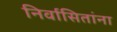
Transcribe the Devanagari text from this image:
निर्वासितांना